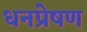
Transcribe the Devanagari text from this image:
धनप्रेषण